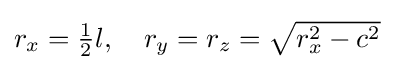
r_{x}={\tfrac {1}{2}}l,\quad r_{y}=r_{z}={\textstyle {\sqrt {r_{x}^{2}-c^{2}}}}